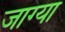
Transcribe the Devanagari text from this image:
जाग्या